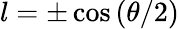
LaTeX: l=\pm\cos\left(\theta/2\right)